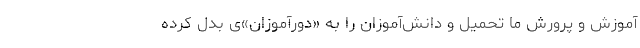
آموزش و پرورش ما تحمیل و دانش‌آموزان را به «دور‌آموزان»‌ی بدل کرده